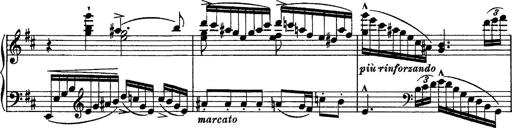
Title: Piano Sonata
Composer: Karl HÃ¤ssler
Key: C major